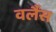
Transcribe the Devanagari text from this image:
वर्लैंस